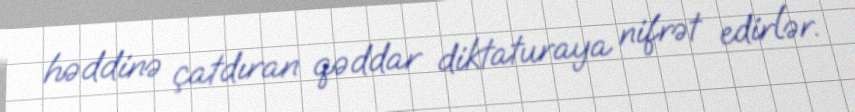
həddinə çatdıran qəddar diktaturaya nifrət edirlər.